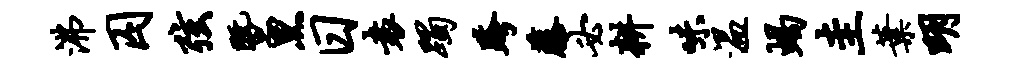
沸囚弦暨黑日袁躅跨藤必耕味温蝎圭叶明